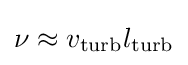
\nu \approx v_{\rm {turb}}l_{\rm {turb}}